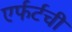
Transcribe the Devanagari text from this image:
एर्फर्टची